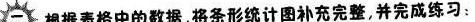
二 根据表格中的数据，将条形统计图补充完整，并完成练习：